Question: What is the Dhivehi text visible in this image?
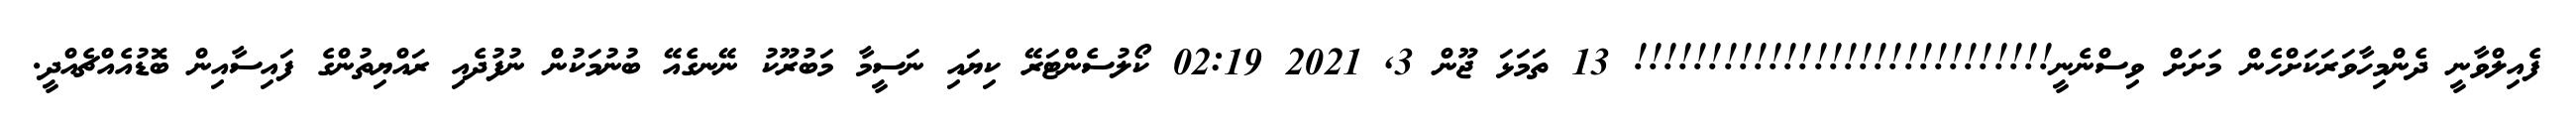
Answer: ފެއިލްވާނީ ދެންމިހާވަރަކަށްހެން މަށަށް ވިސްނެނީ!!!!!!!!!!!!!!!!!!!!!!!!!!!! 13 ތަމަޅަ ޖޫން 3, 2021 02:19 ކޯލުސެންޓަރޭ ކިޔައި ނަސީމާ މަބުރޫކު ނޭނގެއޭ ބުނުމަކުން ނުފުދެއި ރައްޔިތުންގެ ފައިސާއިން ބޮޑުއެއްޗެއްދީ.